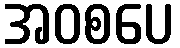
အဝစပေ